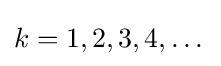
k=1,2,3,4,\dots